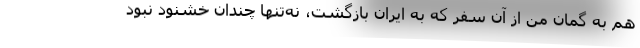
هم به گمان من از آن سفر که به ایران بازگشت، نه‌تنها چندان خشنود نبود